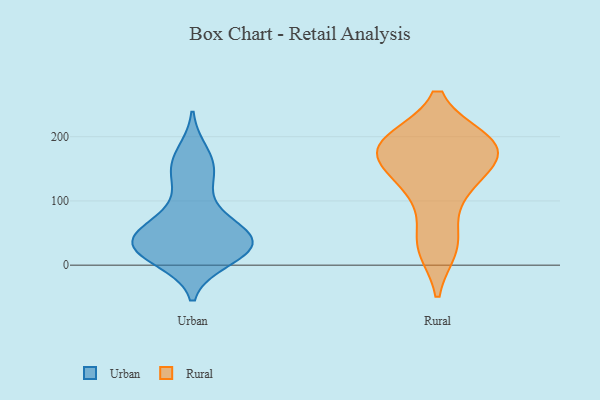
{"axis": {"x": "Tickets Resolved", "y": "Value"}, "legend": ["Rural", "Urban"], "data": [{"x": "", "y": 19, "type": "Urban"}, {"x": "", "y": 33, "type": "Urban"}, {"x": "", "y": 29, "type": "Urban"}, {"x": "", "y": 173, "type": "Urban"}, {"x": "", "y": 66, "type": "Urban"}, {"x": "", "y": 154, "type": "Urban"}, {"x": "", "y": 52, "type": "Urban"}, {"x": "", "y": 128, "type": "Urban"}, {"x": "", "y": 35, "type": "Urban"}, {"x": "", "y": 11, "type": "Urban"}, {"x": "", "y": 25, "type": "Urban"}, {"x": "", "y": 37, "type": "Urban"}, {"x": "", "y": 38, "type": "Urban"}, {"x": "", "y": 152, "type": "Urban"}, {"x": "", "y": 81, "type": "Urban"}, {"x": "", "y": 32, "type": "Urban"}, {"x": "", "y": 165, "type": "Rural"}, {"x": "", "y": 192, "type": "Rural"}, {"x": "", "y": 193, "type": "Rural"}, {"x": "", "y": 28, "type": "Rural"}, {"x": "", "y": 192, "type": "Rural"}, {"x": "", "y": 114, "type": "Rural"}, {"x": "", "y": 178, "type": "Rural"}, {"x": "", "y": 172, "type": "Rural"}, {"x": "", "y": 127, "type": "Rural"}, {"x": "", "y": 36, "type": "Rural"}]}